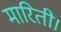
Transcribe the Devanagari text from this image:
मारिती।